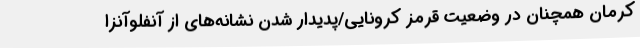
کرمان همچنان در وضعیت قرمز کرونایی/پدیدار شدن نشانه‌های از آنفلوآنزا